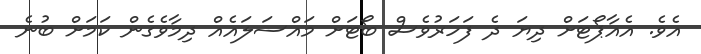
އެވެ. އެއާޕޯޓަށް ދިޔަ ދެ ފަހަރުވެސް ބޯޓަށް މައްސަލައެއް ދިމާވެގެން ކަމަށް ބުނެ